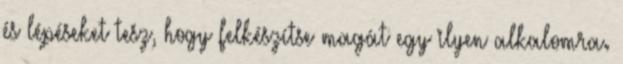
és lépéseket tesz, hogy felkészítse magát egy ilyen alkalomra.